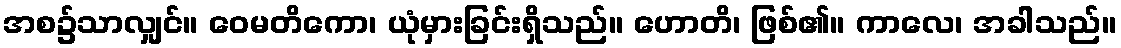
အစ၌သာလျှင်။ ဝေမတိကော၊ ယုံမှားခြင်းရှိသည်။ ဟောတိ၊ ဖြစ်၏။ ကာလေ၊ အခါသည်။